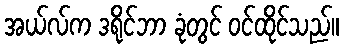
အယ်လ်က ဒရိုင်ဘာ ခုံတွင် ဝင်ထိုင်သည်။